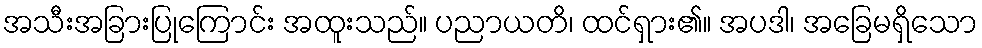
အသီးအခြားပြုကြောင်း အထူးသည်။ ပညာယတိ၊ ထင်ရှား၏။ အပဒါ၊ အခြေမရှိသော